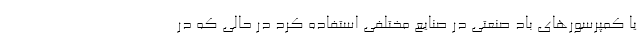
یا کمپرسورهای باد صنعتی در صنایع مختلفی استفاده کرد در حالی که در